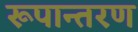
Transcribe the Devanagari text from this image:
रूपान्‍तरण